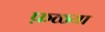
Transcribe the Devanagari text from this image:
फ़ळ्या